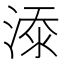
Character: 𣸸